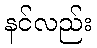
နင်လည်း